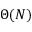
\Theta ( N )